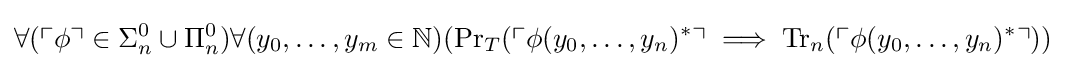
\forall (\ulcorner \phi \urcorner \in \Sigma _{n}^{0}\cup \Pi _{n}^{0})\forall (y_{0},\ldots ,y_{m}\in \mathbb {N} )(\mathrm {Pr} _{T}(\ulcorner \phi (y_{0},\ldots ,y_{n})^{*}\urcorner \implies \mathrm {Tr} _{n}(\ulcorner \phi (y_{0},\ldots ,y_{n})^{*}\urcorner ))